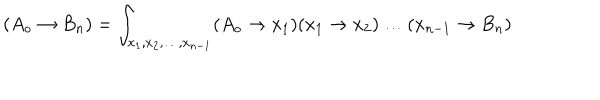
LaTeX: ( A _ { o } \rightarrow B _ { n } ) = \int _ { x _ { 1 } , x _ { 2 } , \dots , x _ { n - 1 } } ( A _ { o } \rightarrow x _ { 1 } ) ( x _ { 1 } \rightarrow x _ { 2 } ) \dots ( x _ { n - 1 } \rightarrow B _ { n } )